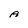
Character: A